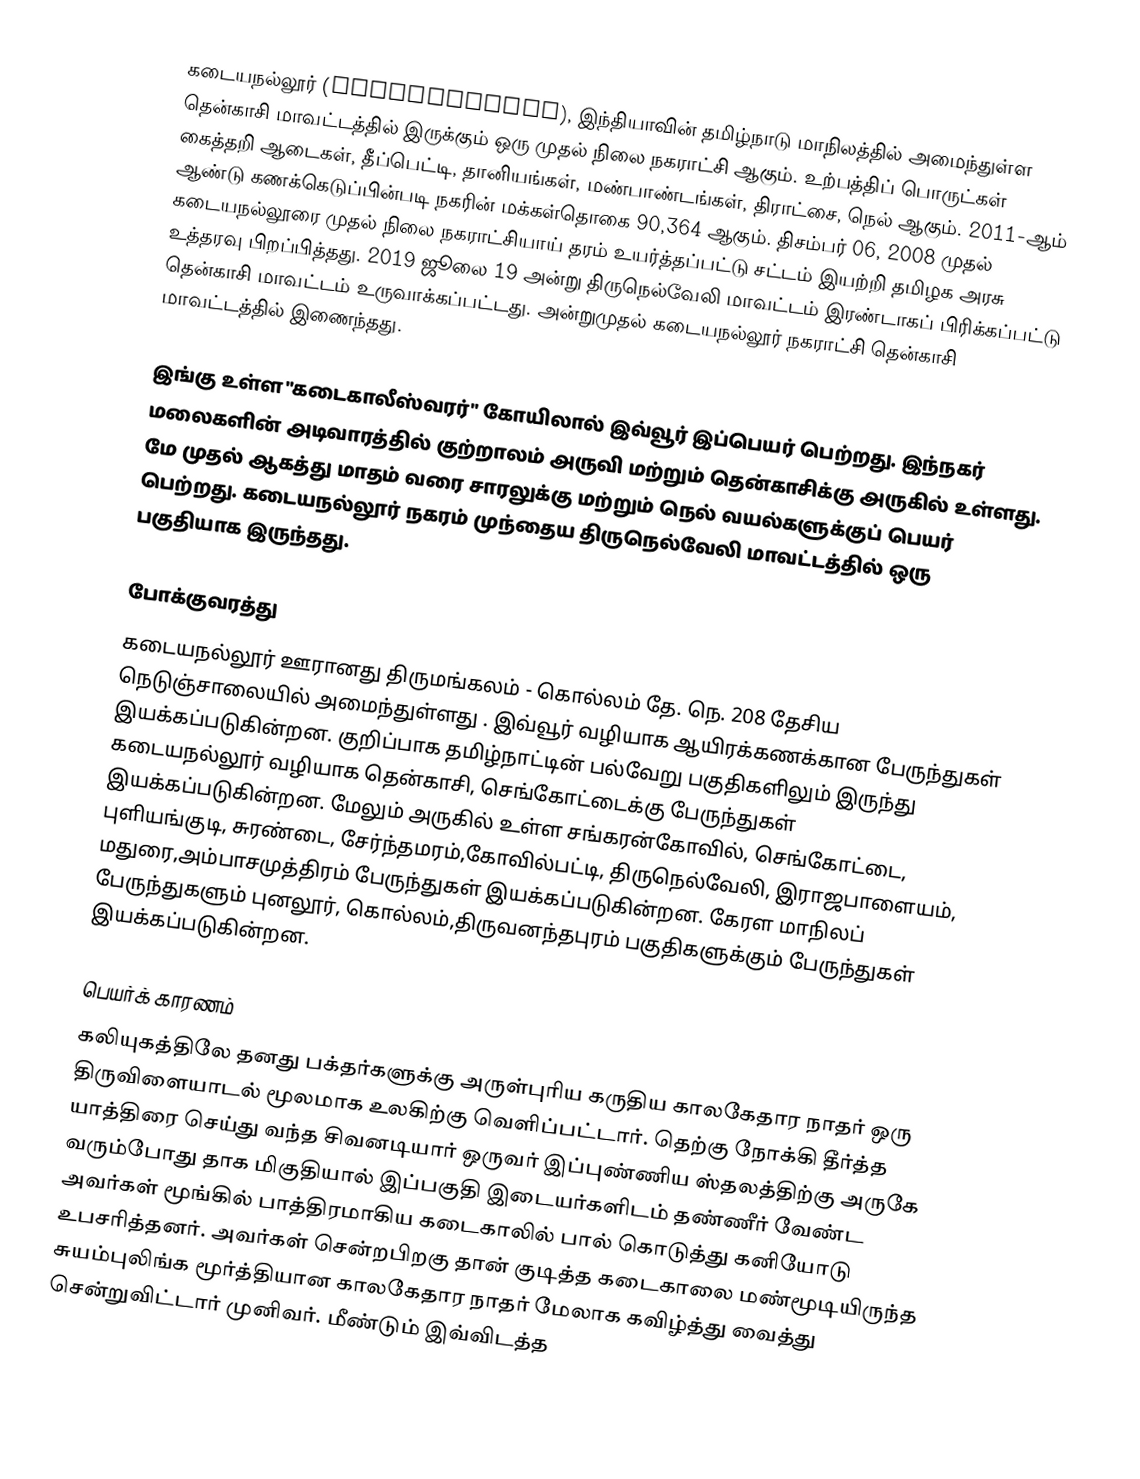
கடையநல்லூர் (Kadayanallur), இந்தியாவின் தமிழ்நாடு மாநிலத்தில் அமைந்துள்ள தென்காசி மாவட்டத்தில் இருக்கும் ஒரு முதல் நிலை நகராட்சி ஆகும். உற்பத்திப் பொருட்கள் கைத்தறி ஆடைகள், தீப்பெட்டி, தானியங்கள், மண்பாண்டங்கள், திராட்சை, நெல் ஆகும். 2011-ஆம் ஆண்டு கணக்கெடுப்பின்படி நகரின் மக்கள்தொகை 90,364 ஆகும். திசம்பர் 06, 2008 முதல் கடையநல்லூரை முதல் நிலை நகராட்சியாய் தரம் உயர்த்தப்பட்டு சட்டம் இயற்றி தமிழக அரசு உத்தரவு பிறப்பித்தது. 2019 ஜூலை 19 அன்று திருநெல்வேலி மாவட்டம் இரண்டாகப் பிரிக்கப்பட்டு தென்காசி மாவட்டம் உருவாக்கப்பட்டது. அன்றுமுதல் கடையநல்லூர் நகராட்சி தென்காசி மாவட்டத்தில் இணைந்தது.

இங்கு உள்ள "கடைகாலீஸ்வரர்" கோயிலால் இவ்வூர் இப்பெயர் பெற்றது. இந்நகர் மலைகளின் அடிவாரத்தில் குற்றாலம் அருவி மற்றும் தென்காசிக்கு அருகில் உள்ளது. மே முதல் ஆகத்து மாதம் வரை சாரலுக்கு மற்றும் நெல் வயல்களுக்குப் பெயர் பெற்றது. கடையநல்லூர் நகரம் முந்தைய திருநெல்வேலி மாவட்டத்தில் ஒரு பகுதியாக இருந்தது.

போக்குவரத்து
கடையநல்லூர் ஊரானது திருமங்கலம் - கொல்லம்  தே. நெ. 208 தேசிய நெடுஞ்சாலையில் அமைந்துள்ளது . இவ்வூர் வழியாக ஆயிரக்கணக்கான பேருந்துகள் இயக்கப்படுகின்றன. குறிப்பாக தமிழ்நாட்டின் பல்வேறு பகுதிகளிலும் இருந்து கடையநல்லூர் வழியாக தென்காசி, செங்கோட்டைக்கு பேருந்துகள் இயக்கப்படுகின்றன. மேலும் அருகில் உள்ள சங்கரன்கோவில், செங்கோட்டை, புளியங்குடி, சுரண்டை, சேர்ந்தமரம்,கோவில்பட்டி, திருநெல்வேலி, இராஜபாளையம், மதுரை,அம்பாசமுத்திரம் பேருந்துகள் இயக்கப்படுகின்றன. கேரள மாநிலப் பேருந்துகளும் புனலூர், கொல்லம்,திருவனந்தபுரம் பகுதிகளுக்கும் பேருந்துகள் இயக்கப்படுகின்றன.

பெயர்க் காரணம்
கலியுகத்திலே தனது பக்தர்களுக்கு அருள்புரிய கருதிய காலகேதார நாதர் ஒரு திருவிளையாடல் மூலமாக உலகிற்கு வெளிப்பட்டார். தெற்கு நோக்கி தீர்த்த யாத்திரை செய்து வந்த சிவனடியார் ஒருவர் இப்புண்ணிய ஸ்தலத்திற்கு அருகே வரும்போது தாக மிகுதியால் இப்பகுதி இடையர்களிடம் தண்ணீர் வேண்ட அவர்கள் மூங்கில் பாத்திரமாகிய கடைகாலில் பால் கொடுத்து கனியோடு உபசரித்தனர். அவர்கள் சென்றபிறகு தான் குடித்த கடைகாலை மண்மூடியிருந்த சுயம்புலிங்க மூர்த்தியான காலகேதார நாதர் மேலாக கவிழ்த்து வைத்து சென்றுவிட்டார் முனிவர். மீண்டும் இவ்விடத்த